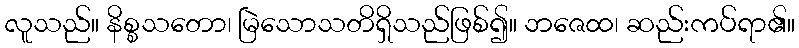
လူသည်။ နိစ္စသတော၊ မြဲသောသတိရှိသည်ဖြစ်၍။ ဘဇေထ၊ ဆည်းကပ်ရာ၏။